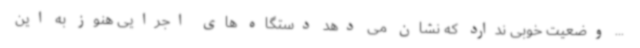
... وضعیت خوبی ندارد که نشان می دهد دستگاه های اجرایی هنوز به این